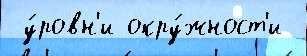
 у́ровн'и окру́жност'и